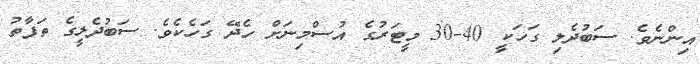
އިންނެވެ. ސަބުދެލި ގަހަކީ 40-30 މީޓަރުގެ އުސްމިނަށް ހެދޭ ގަހެކެވެ. ސަބުދެލީގެ ތަފާތު